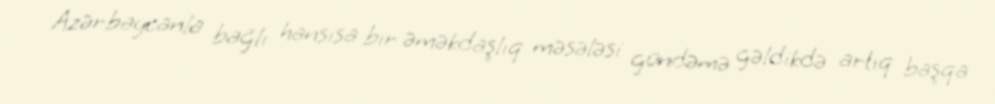
Azərbaycanla bağlı hansısa bir əməkdaşlıq məsələsi gündəmə gəldikdə artıq başqa